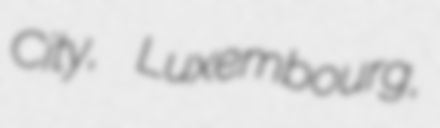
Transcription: City, Luxembourg,